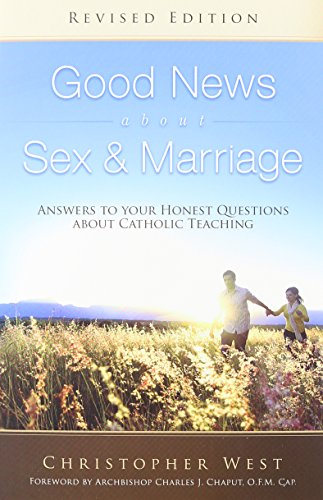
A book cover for Good News About Sex & Marriage (Revised Edition): Answers to Your Honest Questions about Catholic Teaching; Christopher West; Christian Books & Bibles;